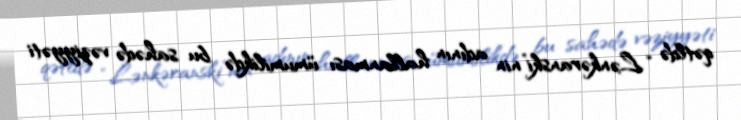
qətldə “Lənkəranski”nin adının hallanması ümumilikdə bu sahədə vəziyyəti